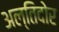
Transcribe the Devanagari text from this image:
अल्तिदोर